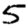
Digit: 5